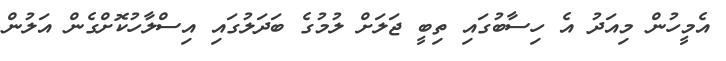
އެމީހުން މިއަދު އެ ހިސާބުގައި ތިބީ ޖަލަށް ލުމުގެ ބަދަލުގައި އިސްލާހުކޮށްގެން އަލުން